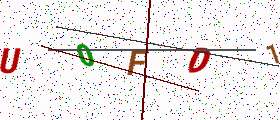
Text: U0FD1